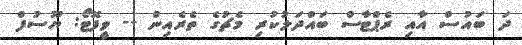
ދަ ބައުސް އާއި ރެޕްޓާސް ބައްދަލުކުރި މެޗުގެ ތެރެއިން -- ވީފޮޓޯ: ޔޫސުފް